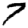
Digit: 7